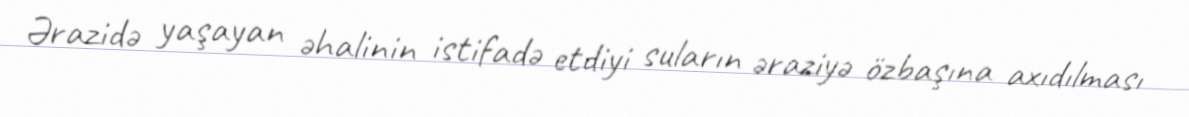
Ərazidə yaşayan əhalinin istifadə etdiyi suların əraziyə özbaşına axıdılması